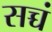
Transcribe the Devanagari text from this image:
सच्चं